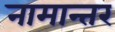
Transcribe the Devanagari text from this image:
नामान्तर